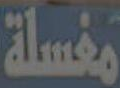
مغسلة